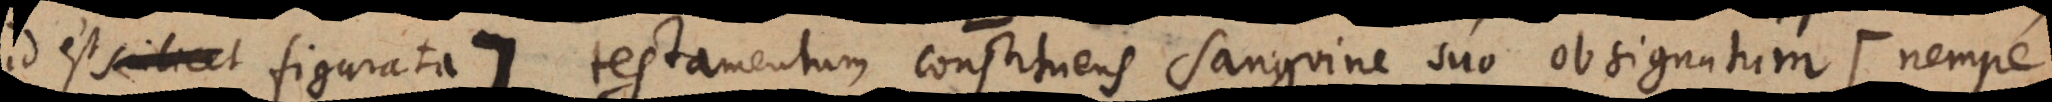
id est figurata:) testamentum constituens sanguine suo obsignatum (: nempe